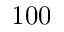
1 0 0